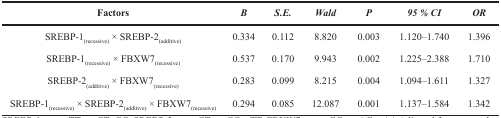
<table><thead><tr><td><b>Factors</b></td><td><b><i>B</i></b></td><td><b><i>S.E.</i></b></td><td><b><i>Wald</i></b></td><td><b><i>P</i></b></td><td><b><i>95 % CI</i></b></td><td><b><i>OR</i></b></td></tr></thead><tbody><tr><td>SREBP-1<sub>(recessive)</sub>× SREBP-2<sub>(additive)</sub></td><td>0.334</td><td>0.112</td><td>8.820</td><td>0.003</td><td>1.120–1.740</td><td>1.396</td></tr><tr><td>SREBP-1<sub>(recessive)</sub>× FBXW7<sub>(recessive)</sub></td><td>0.537</td><td>0.170</td><td>9.943</td><td>0.002</td><td>1.225–2.388</td><td>1.710</td></tr><tr><td>SREBP-2<sub>(additive)</sub> × FBXW7<sub>(recessive)</sub></td><td>0.283</td><td>0.099</td><td>8.215</td><td>0.004</td><td>1.094–1.611</td><td>1.327</td></tr><tr><td>SREBP-1<sub>(recessive)</sub>× SREBP-2<sub>(additive)</sub>× FBXW7<sub>(recessive)</sub></td><td>0.294</td><td>0.085</td><td>12.087</td><td>0.001</td><td>1.137–1.584</td><td>1.342</td></tr></tbody></table>